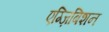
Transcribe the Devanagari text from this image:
एग्ज़िबिशन